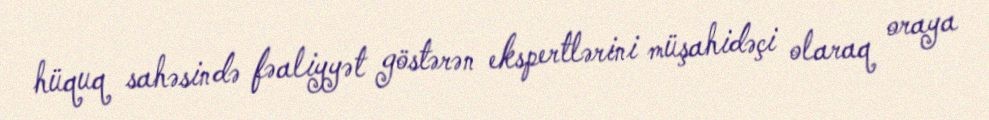
hüquq sahəsində fəaliyyət göstərən ekspertlərini müşahidəçi olaraq oraya